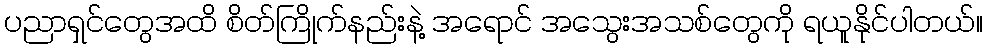
ပညာရှင်တွေအထိ စိတ်ကြိုက်နည်းနဲ့ အရောင် အသွေးအသစ်တွေကို ရယူနိုင်ပါတယ်။